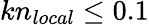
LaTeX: kn_{local}\leq 0.1